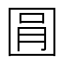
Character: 㘣